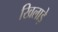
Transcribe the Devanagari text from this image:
खिलाड़े